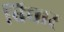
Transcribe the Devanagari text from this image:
बिचार